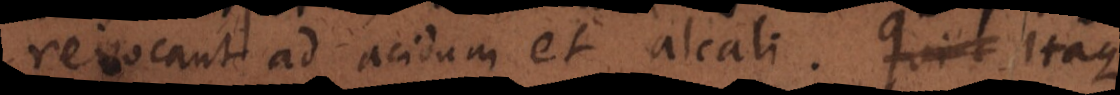
revocant ad acidum et alcali. Itaque